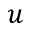
u